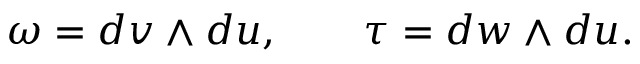
\omega = d v \wedge d u , \quad \quad \tau = d w \wedge d u .